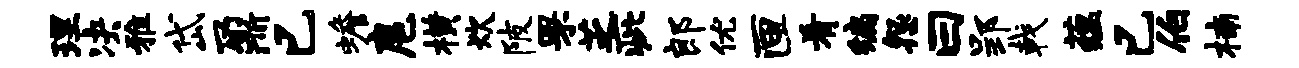
理决雅岱鼐已蟾扈横炊陂罘芝疵郎优匣肴编怨曰郢戟蕴已伯楠